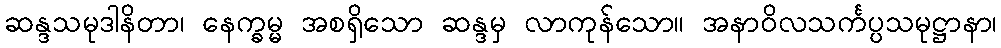
ဆန္ဒသမုဒါနိတာ၊ နေက္ခမ္မ အစရှိသော ဆန္ဒမှ လာကုန်သော။ အနာဝိလသင်္ကပ္ပသမုဋ္ဌာနာ၊